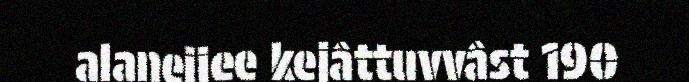
alaneijee kejâttuvvâst 190